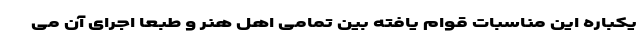
یکباره این مناسبات قوام یافته بین تمامی اهل هنر و طبعا اجرای آن می